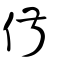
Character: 俶